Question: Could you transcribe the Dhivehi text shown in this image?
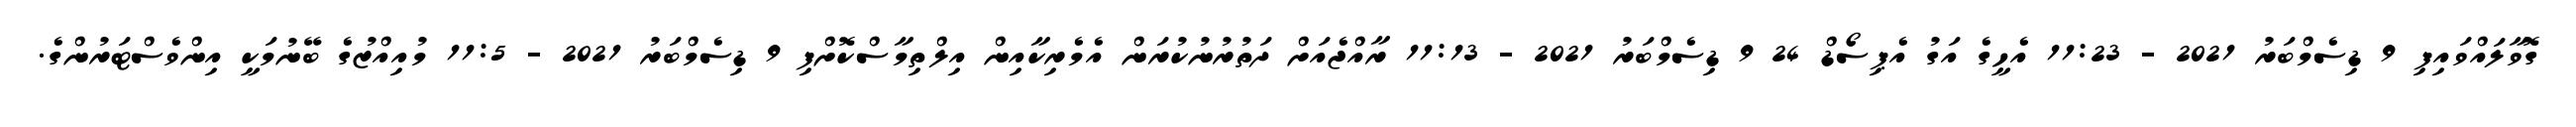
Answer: ގޮވާލައްވައިފި 9 ޑިސެމްބަރު 2021 - 11:23 އެހީގެ އަގު އެޕިސޯޑް 24 9 ޑިސެމްބަރު 2021 - 11:13 ރާއްޖެއަށް ދަތުރުނުކުރަން އެމެރިކާއިން އިލްތިމާސްކޮށްފި 9 ޑިސެމްބަރު 2021 - 11:5 މުއިއްޒުގެ ބޭނުމަކީ އިންވެސްޓަރުންގެ.